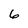
Character: 6